system: You are a helpful assistant.
user:
Analyze the provided spectrum to determine if it is a **Carbon Star (C-type)**.

- **Key Visual Indicators of Carbon Star:**
    - **(Primary):** Strong molecular absorption from **C₂ (diatomic carbon) "Swan Bands."** This is the **defining feature** of a carbon star.
        - **(Key Bandheads):** Sharp absorption edges are visible at approximately $5635$ Å, $5165$ Å (the strongest band), and $4737$ Å.
        - **(Line Profile):** Creates a distinct **"saw-tooth"** pattern. The key morphology is a sharp, steep bandhead on the **red (long-wavelength) side**, which then gradually tapers off (i.e., flux recovers) towards the **blue (short-wavelength) side**. *(This is the direct opposite of the TiO bands seen in M-type stars)*.

    - **(Secondary):** Intense **CN (cyanogen)** molecular absorption bands.
        - **(Key Bandheads):** Located in the blue and violet regions of the spectrum (e.g., near $4215$ Å and $3883$ Å).
        - **(Morphology):** These bands are extremely broad and act as a "blanket," absorbing the vast majority of blue and violet light. This creates a characteristic **"cliff"** or **"steep drop-off"** in the spectrum's flux at short wavelengths.

    - **(Key Confirmation):** Strong **CH absorption band (G-band)**.
        - **(Key Bandhead):** Located around $4300$ Å. The contribution from CH molecules to this band is exceptionally strong.

    - **(Overall Spectrum):**
        - The continuum is severely "chopped up" by these deep molecular bands, especially C₂, rather than appearing as a smooth curve.
        - Due to the heavy CN and C₂ absorption in the blue-green, the vast majority of the star's flux is concentrated in the red part of the spectrum, giving the star its characteristic deep red color.

Think first, call **spectral_visualization_tool** if needed to examine features in detail, then provide your final answer. Your response must adhere to the following strict rules:
1.  **Overall Structure:** Your response must follow the format `<think>...</think> <tool_call>...</tool_call> (if a tool is used) <answer>...</answer>`.
2.  **Tool Usage Constraint:** You may only make **one** tool call per turn.
3.  **Final Answer Format:** In the `<answer>` tag, your conclusion must be inside a `\boxed{}` command (e.g., `\boxed{YES}`), followed by your justification.

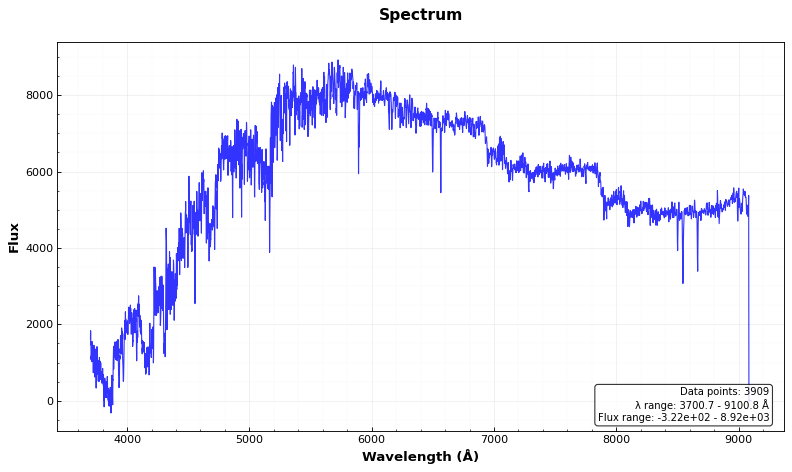
Answer: YES